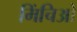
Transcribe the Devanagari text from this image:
मिंचिओ